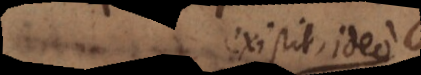
existit, ideo